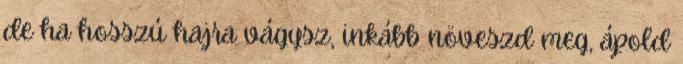
de ha hosszú hajra vágysz, inkább növeszd meg, ápold